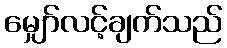
မျှော်လင့်ချက်သည်